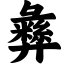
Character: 彝